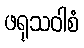
ဖရုသဝါစံ